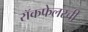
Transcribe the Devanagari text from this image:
रॉकफेलरची